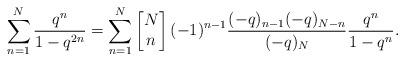
LaTeX: \begin{align*}\sum_{n=1}^{N} \frac{ q^n }{1- q^{2n}} = \sum_{n=1}^{N}\left[\begin{matrix} N\\n\end{matrix}\right] (-1)^{n-1} \frac{(-q)_{n-1}(-q)_{N-n}}{ (-q)_{N}} \frac{q^n}{1-q^n}.\end{align*}